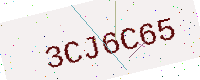
Text: 3CJ6C65